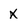
Character: x